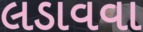
લડાવવા